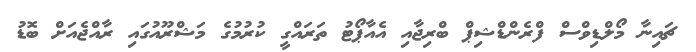
ޗައިނާ މޯލްޑިވްސް ފްރެންޑްޝިޕް ބްރިޖާއި އެއާޕޯޓު ތަރައްގީ ކުރުމުގެ މަޝްރޫއުގައި ރާއްޖެއަށް ބޮޑު